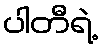
ပါတီရဲ့